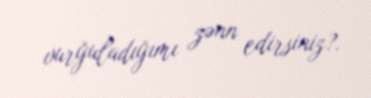
vurğuladığımı zənn edirsiniz?.